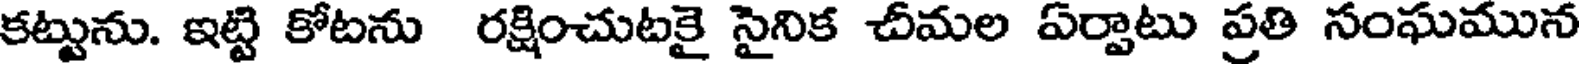
కట్టును. ఇట్టి కోటను రక్షించుటకై సైనిక చీమల ఏర్పాటు ప్రతి సంఘమున